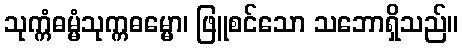
သုက္ကံဓမ္မံသုက္ကဓမ္မော၊ ဖြူစင်သော သဘောရှိသည်။